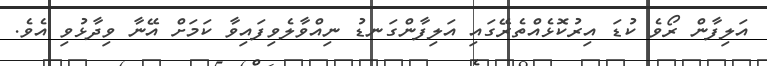
އަލިފާން ރޯވެ ކުޑަ އިރުކޮޅެއްތެރޭގައި އަލިފާންގަނޑު ނިއްވާލެވިފައިވާ ކަމަށް އޭނާ ވިދާޅުވި އެވެ.